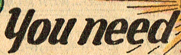
you need